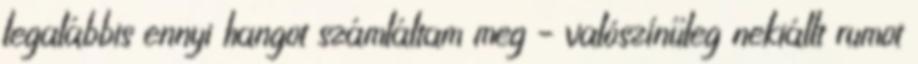
legalábbis ennyi hangot számláltam meg – valószínűleg nekiállt rumot